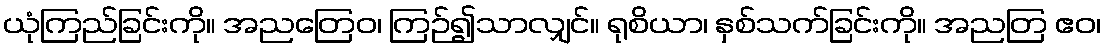
ယုံကြည်ခြင်းကို။ အညတြေဝ၊ ကြဉ်၍သာလျှင်။ ရုစိယာ၊ နှစ်သက်ခြင်းကို။ အညတြ ဧဝ၊